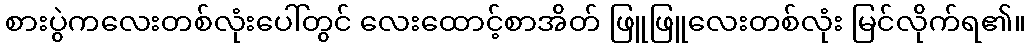
စားပွဲကလေးတစ်လုံးပေါ်တွင် လေးထောင့်စာအိတ် ဖြူဖြူလေးတစ်လုံး မြင်လိုက်ရ၏။